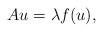
\begin{align*}Au=\lambda f(u), \end{align*}